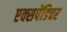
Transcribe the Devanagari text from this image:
एक्‍सपेंडिचर